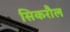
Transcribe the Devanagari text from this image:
सिकरौल